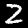
Digit: 2